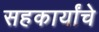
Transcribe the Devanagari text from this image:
सहकार्यांचे